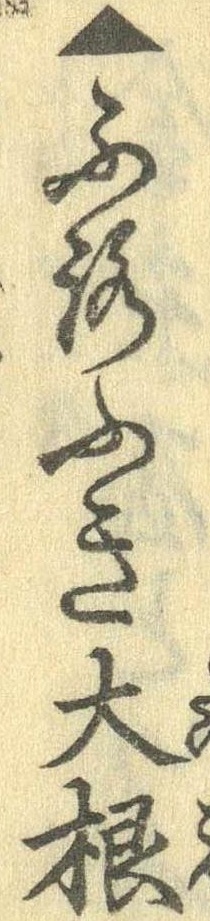
▲ふろふき大根